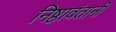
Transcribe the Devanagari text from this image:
निष्ठावंतानी